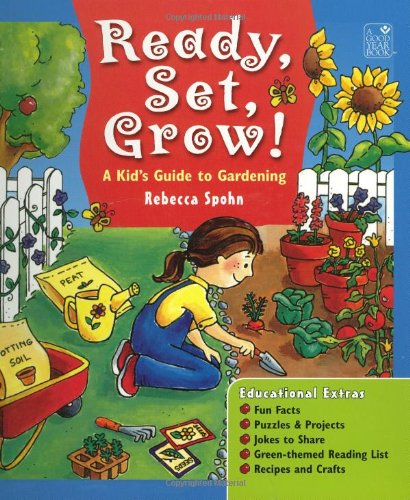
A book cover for Ready, Set, Grow! A Kid's Guide to Gardening; Rebecca Spohn; Children's Books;